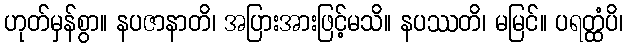
ဟုတ်မှန်စွာ။ နပဇာနာတိ၊ အပြားအားဖြင့်မသိ။ နပဿတိ၊ မမြင်။ ပရတ္ထံပိ၊